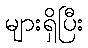
များရှိပြီး